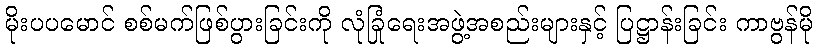
မိုးပပမောင် စစ်မက်ဖြစ်ပွားခြင်းကို လုံခြုံရေးအဖွဲ့အစည်းများနှင့် ပြဋ္ဌာန်းခြင်း ကာဗွန်မို